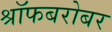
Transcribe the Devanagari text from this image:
श्रॉफबरोबर